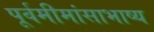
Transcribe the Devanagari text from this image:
पूर्वमीमांसाभाष्य